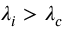
\lambda _ { i } > \lambda _ { c }